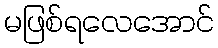
မဖြစ်ရလေအောင်